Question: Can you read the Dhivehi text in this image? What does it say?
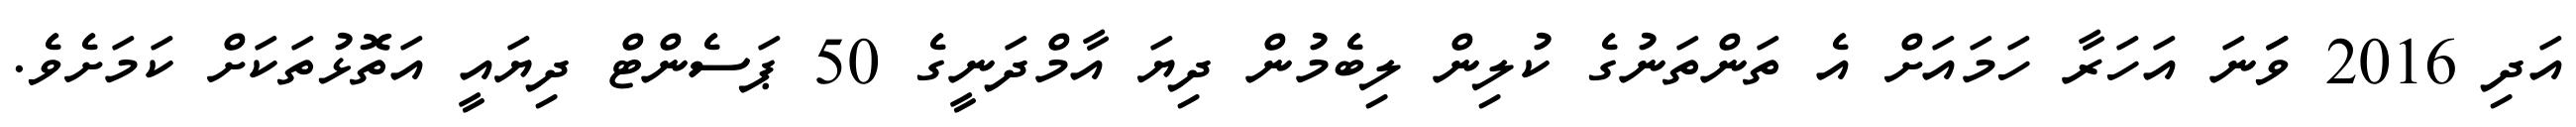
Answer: އަދި 2016 ވަަނަ އަހަރާ ހަމައަށް އެ ތަންތަނުގެ ކުލިން ލިބެމުން ދިޔަ އާމްދަނީގެ 50 ޕަސެންޓް ދިޔައީ އަތޮޅުތަކަށް ކަމަށެވެ.